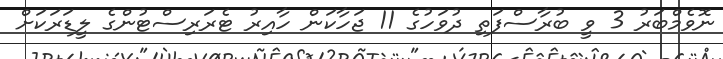
ނޮވެމްބަރު 3 ވީ ބުރާސްފަތި ދުވަހުގެ 11 ޖަހާކަން ހާއިރު ޓެރަރިސްޓުންގެ ލީޑަރަކަށް